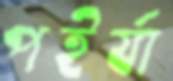
পইর্যা